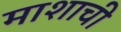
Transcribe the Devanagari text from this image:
माशाची